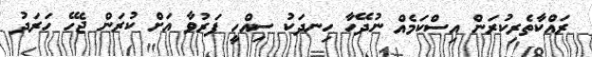
ރައްކާތެރިކުރަން އިސްކަމެއް ނުދޭހާ ހިނދަކު ސިއްހީ ފަރުވާ އަށް ކުރަން ޖެހޭ ހަރަދު